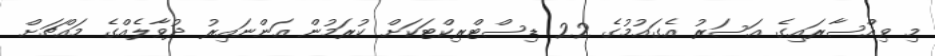
މި ވިއްސާރައިގެ އަސަރު އެގައުމުގެ 22 ޑިސްޓްރިކްޓަކަށް ކުރަމުން އަންނައިރު ދުވާލެއްގެ މައްޗަށް